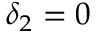
\delta _ { 2 } = 0